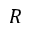
R